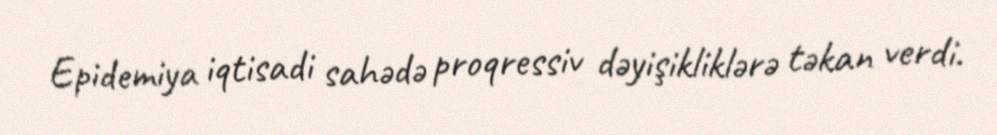
Epidemiya iqtisadi sahədə proqressiv dəyişikliklərə təkan verdi.